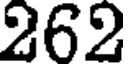
262